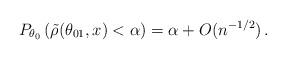
LaTeX: \begin{align*}P_{\theta_0} \left(\tilde{\rho}( \theta_{01}, x) < \alpha \right)= \alpha + O(n^{-1/2}) \,.\end{align*}